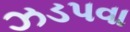
ઝડપવા